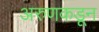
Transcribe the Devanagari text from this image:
अरुणकडून